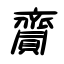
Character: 齎